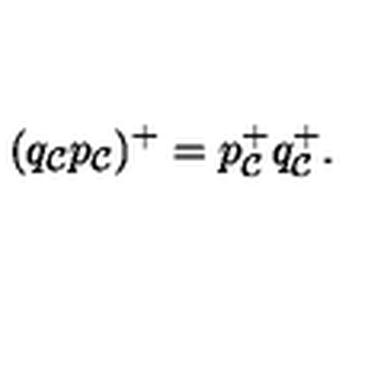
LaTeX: ( q _ { \cal C } p _ { \cal C } ) ^ { + } = p _ { \cal C } ^ { + } q _ { \cal C } ^ { + } .